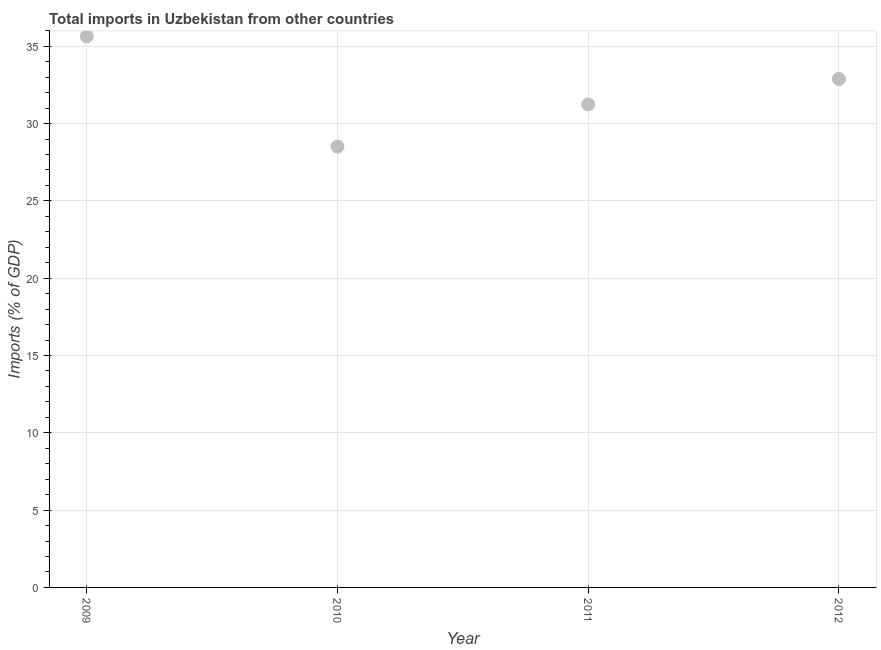
| Year | Imports |
 | --- | --- |
 | 2009 | 35.6 |
 | 2010 | 28.5 |
 | 2011 | 31.2 |
 | 2012 | 32.9 |